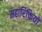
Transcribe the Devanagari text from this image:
महारिक्तियों